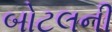
બોટલની